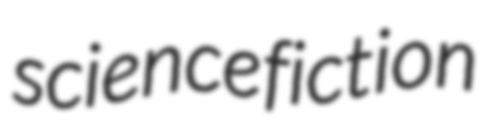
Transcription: science fiction